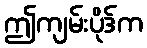
ဤကျမ်းပိုဒ်က